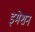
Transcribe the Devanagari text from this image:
इमेशन